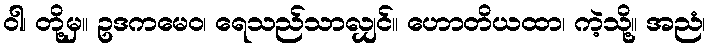
ဝါ၊ တို့မှ။ ဥဒကမေဝ၊ ရေသည်သာလျှင်။ ဟောတိယထာ၊ ကဲ့သို့။ အညံ၊